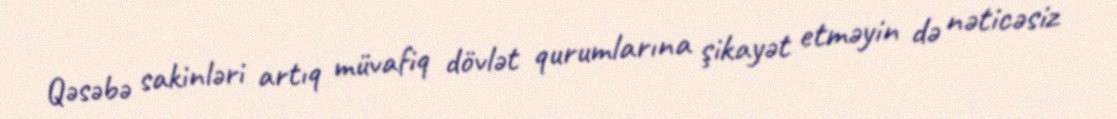
Qəsəbə sakinləri artıq müvafiq dövlət qurumlarına şikayət etməyin də nəticəsiz